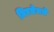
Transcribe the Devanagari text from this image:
मिरजेमधे